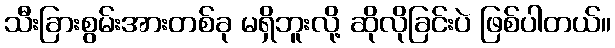
သီးခြားစွမ်းအားတစ်ခု မရှိဘူးလို့ ဆိုလိုခြင်းပဲ ဖြစ်ပါတယ်။